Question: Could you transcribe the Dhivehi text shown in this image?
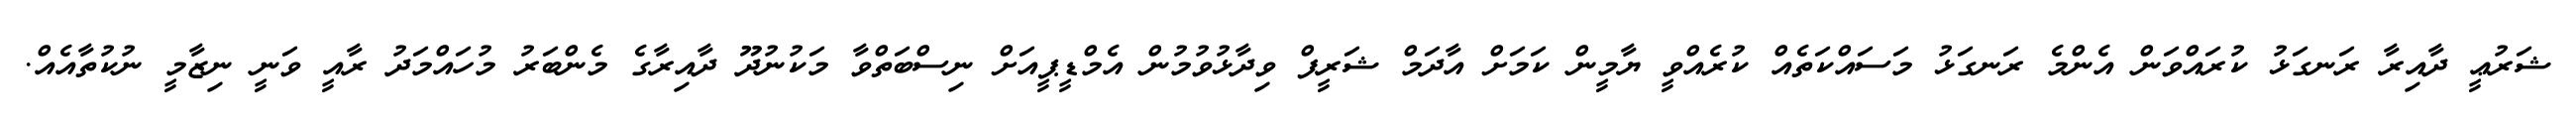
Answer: ޝަރުޢީ ދާއިރާ ރަނގަޅު ކުރައްވަން އެންމެ ރަނގަޅު މަސައްކަތެއް ކުރެއްވީ ޔާމީން ކަމަށް އާދަމް ޝަރީފް ވިދާޅުވުމުން އެމްޑީޕީއަށް ނިސްބަތްވާ މަކުނުދޫ ދާއިރާގެ މެންބަރު މުހައްމަދު ރާއީ ވަނީ ނިޒާމީ ނުކުތާއެއް.